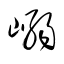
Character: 嵶